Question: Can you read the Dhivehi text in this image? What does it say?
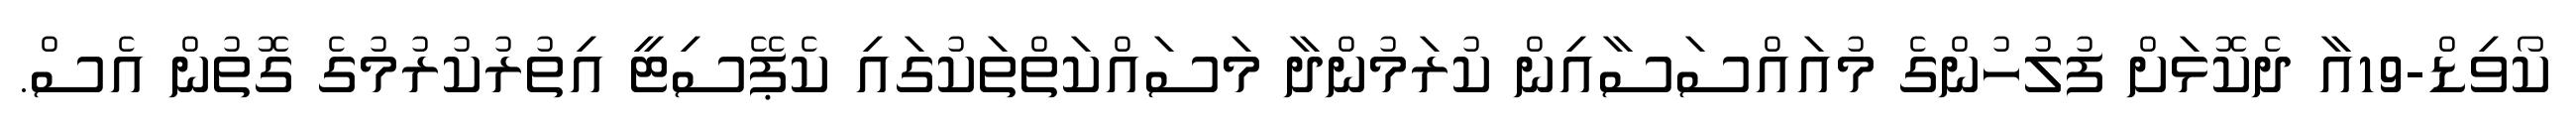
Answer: ކޯވިޑް-19އާ ދެކޮޅަށް ފުލުހުންގެ މުއައްސަސާއިން ކުރަމުންދާ މަސައްކަތްތަކުގައި ކެޕޭސިޓީ އިތުރުކުރުމުގެ ގޮތުން އެސް.